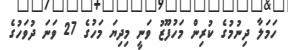
ހަމަލާ ދިނުމުގެ ކުރިން މަހުފޫޒު ވަނީ މިދިޔަ މަހުގެ 27 ވަނަ ދުވަހުގެ